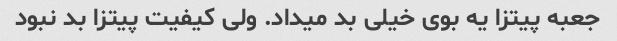
جعبه پیتزا یه بوى خیلى بد میداد. ولى کیفیت پیتزا بد نبود